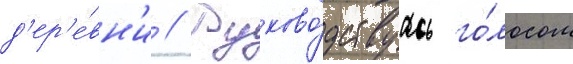
д'ер'е́вн'и // Руково́дствуась го́лосом